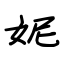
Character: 妮